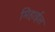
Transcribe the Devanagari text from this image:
मिहाईल